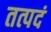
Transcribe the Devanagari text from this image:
तत्पदं